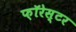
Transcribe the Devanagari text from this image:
फ़ॉरेस्टर